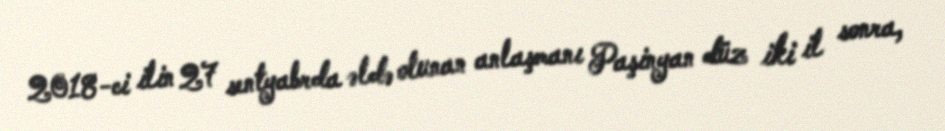
2018-ci ilin 27 sentyabrda əldə olunan anlaşmanı Paşinyan düz iki il sonra,